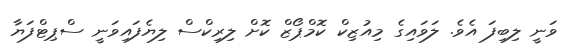
ވަނީ ލިބިފަ އެވެ. ލަވައިގެ މިއުޒިކް ކޮމްޕޯޒް ކޮށް ލިރިކްސް ލިޔެފައިވަނީ ސްޕިޓްފަޔާ